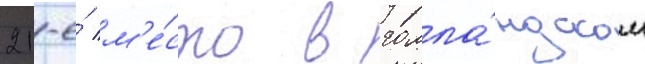
21-е́ м'е́сто в голла́ндском